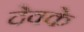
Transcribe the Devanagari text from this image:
देवके